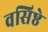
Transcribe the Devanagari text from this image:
वसिष्ठे